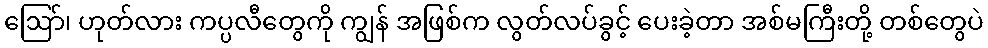
ဩော်၊ ဟုတ်လား ကပ္ပလီတွေကို ကျွန် အဖြစ်က လွတ်လပ်ခွင့် ပေးခဲ့တာ အစ်မကြီးတို့ တစ်တွေပဲ